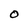
Character: O